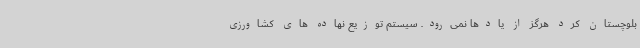
بلوچستان کرد هرگز از یادها نمی‌رود. سیستم توزیع نهاده های کشاورزی